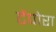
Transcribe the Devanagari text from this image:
टेंपोरा